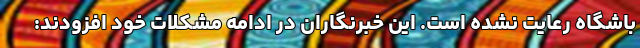
باشگاه رعایت نشده است. این خبرنگاران در ادامه مشکلات خود افزودند: